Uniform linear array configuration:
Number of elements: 48
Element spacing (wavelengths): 0.5
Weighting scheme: cosine
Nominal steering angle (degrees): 60
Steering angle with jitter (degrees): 60.776
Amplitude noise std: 0.05
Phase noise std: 0.05

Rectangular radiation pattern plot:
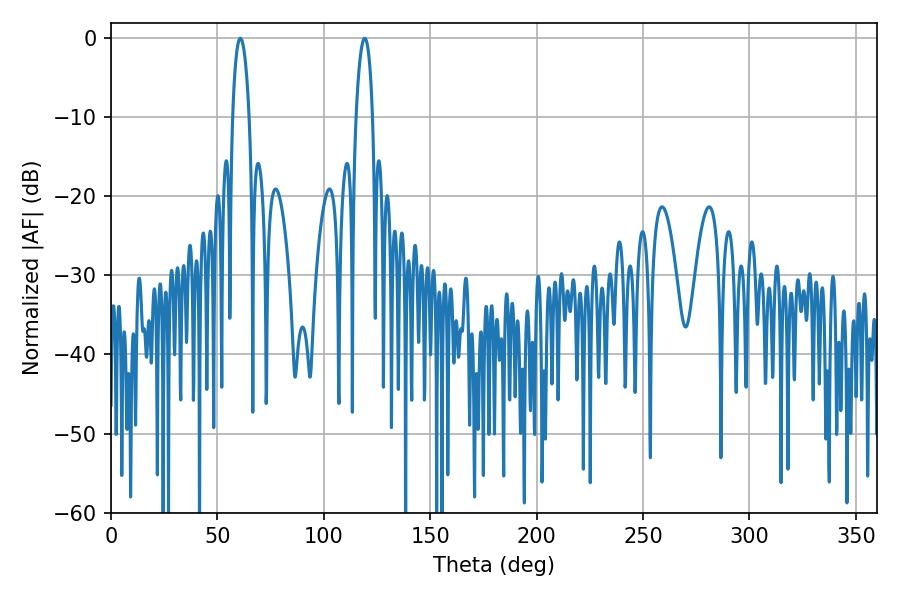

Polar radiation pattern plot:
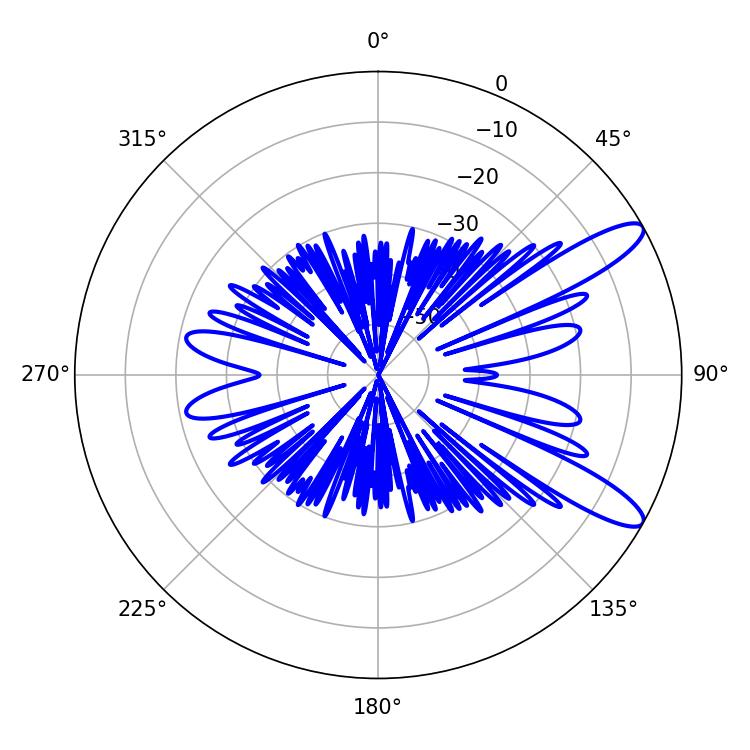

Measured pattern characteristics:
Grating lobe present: FALSE
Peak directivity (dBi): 11.314
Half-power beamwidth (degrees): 4.32
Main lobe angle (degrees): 119.16